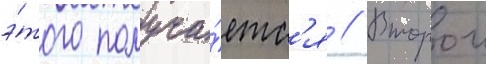
э́того получа́етс'я // Второи